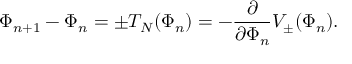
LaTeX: \Phi _ { n + 1 } - \Phi _ { n } = \pm T _ { N } ( \Phi _ { n } ) = - \frac { \partial } { \partial \Phi _ { n } } V _ { \pm } ( \Phi _ { n } ) .